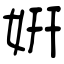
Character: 姸